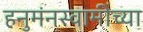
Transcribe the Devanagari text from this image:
हनुमंनस्वामींच्या